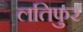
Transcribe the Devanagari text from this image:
लतिफुर